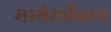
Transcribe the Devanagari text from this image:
मार्गसर्वेक्षण